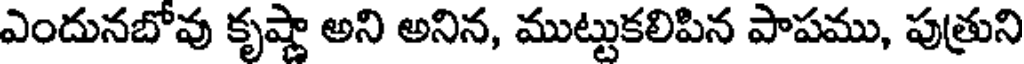
ఎందునబోవు కృష్ణా అని అనిన, ముట్టుకలిపిన పాపము, పుత్రుని